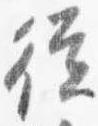
従